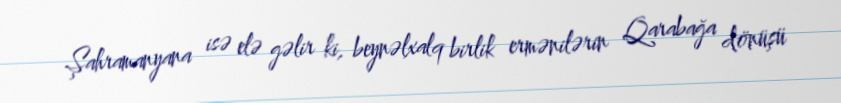
Şahramanyana isə elə gəlir ki, beynəlxalq birlik ermənilərin Qarabağa dönüşü